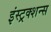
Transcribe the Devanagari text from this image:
इंस्ट्रक्शन्स